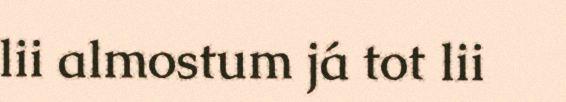
lii almostum já tot lii